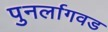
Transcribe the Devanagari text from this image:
पुनर्लागवड